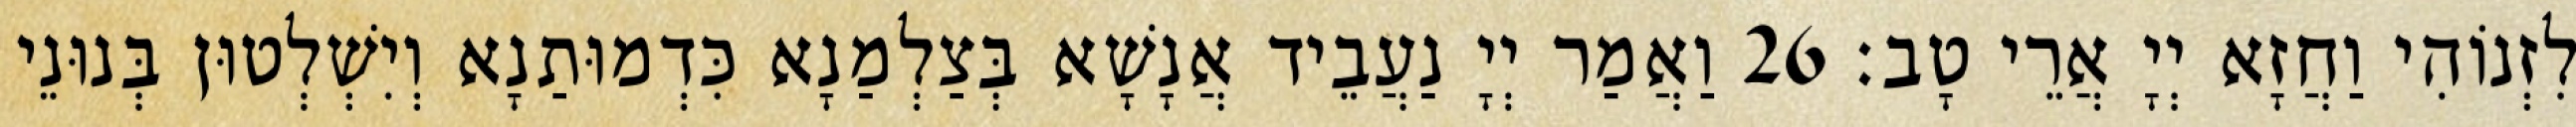
לִזְנוֹהִי וַחֲזָא יְיָ אֲרֵי טָב׃ 26 וַאֲמַר יְיָ נַעֲבֵיד אֲנָשָׁא בְּצַלְמַנָא כִּדְמוּתַנָא וְיִשְׁלְטוּן בְּנוּנֵי